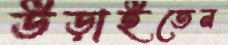
উড়াইতেন